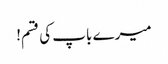
میرے باپ کی قسم!